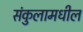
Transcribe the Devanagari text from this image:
संकुलामधील